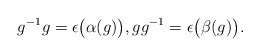
\begin{gather*} g ^{-1} g = \epsilon \bigl( \alpha (g) \bigr) , g g ^{-1} = \epsilon \bigl( \beta (g) \bigr) . \end{gather*}